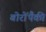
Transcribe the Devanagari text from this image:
बोरोंपैकी